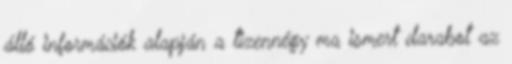
álló információk alapján a tizennégy ma ismert darabot az